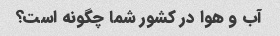
آب و هوا در کشور شما چگونه است؟